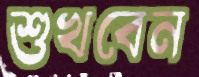
শুখবেন